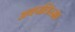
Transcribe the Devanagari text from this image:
अबपतिस्मा